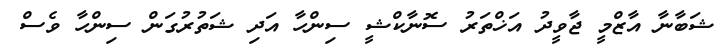
ޝަބާނާ އާޒްމީ ޖާވީދު އަޚްތަރު ސޮނާކްޝީ ސިންހާ އަދި ޝަތުރުގަން ސިންހާ ވެސް